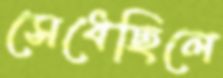
সেধেছিলে